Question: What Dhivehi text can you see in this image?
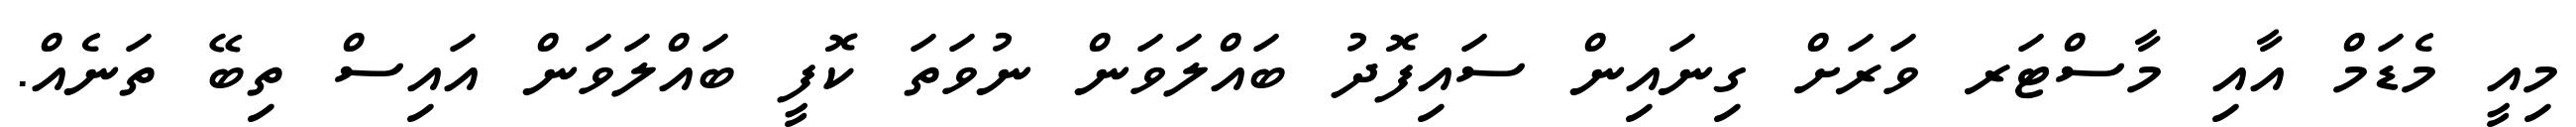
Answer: މިއީ މެޑަމް އާއި މާސްޓަރ ވަރަށް ގިނައިން ސައިފޮދު ބައްލަވަން ނުވަތަ ކޮފީ ބައްލަވަން އައިސް ތިބޭ ތަނެއް.